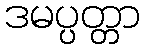
ဒမပ္ပတ္တာ